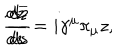
\frac { d z } { d s } = i \gamma ^ { \mu } \pi _ { \mu } z , \hspace { 1 . 0 i n } \frac { d \overline { { { z } } } } { d s }